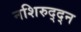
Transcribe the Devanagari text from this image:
नशिरुद्द्न